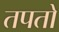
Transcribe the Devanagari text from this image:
तपतो